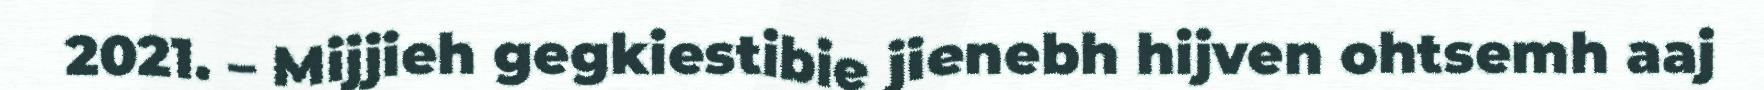
2021. – Mijjieh gegkiestibie jienebh hijven ohtsemh aaj